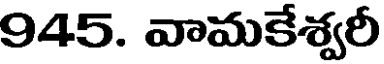
945. వామకేశ్వరీ